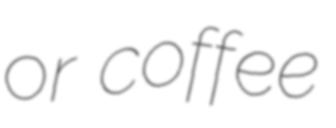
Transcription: or coffee